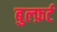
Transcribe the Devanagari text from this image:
बुल्फ़र्ट